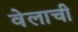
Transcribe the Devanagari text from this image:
वेलाची